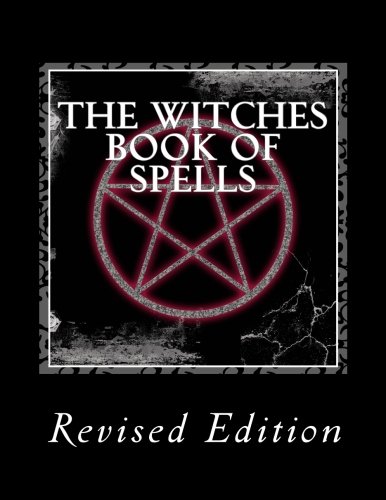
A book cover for The Witches Book of Spells; Roc Marten; Religion & Spirituality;